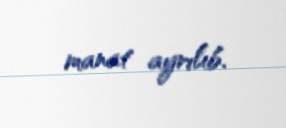
manat ayrılıb.